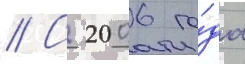
// С 2006 го́да